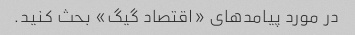
در مورد پیامدهای «اقتصاد گیگ» بحث کنید.